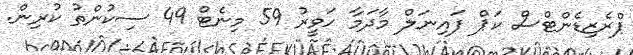
ޕްރެޒިޑެންޓްސް ކަޕް ފައިނަލް މާދަމާ ހަވީރު 59 މިނެޓް 49 ސިކުންތު ކުރިން.